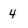
Character: 4